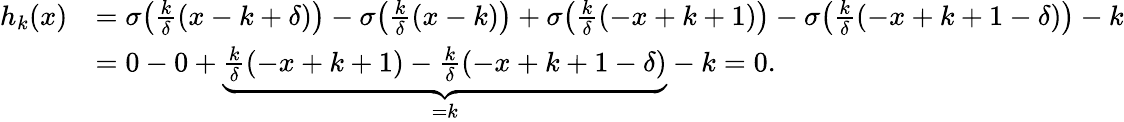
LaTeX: \begin{array}{rl}{h_{k}(x)}&{=\sigma\big(\frac{k}{\delta}(x-k+\delta)\big)-\sigma\big(\frac{k}{\delta}(x-k)\big)+\sigma\big(\frac{k}{\delta}(-x+k+1)\big)-\sigma\big(\frac{k}{\delta}(-x+k+1-\delta)\big)-k}\\ &{=0-0+\underbrace{\frac{k}{\delta}(-x+k+1)-\frac{k}{\delta}(-x+k+1-\delta)}_{=k}-k=0.}\end{array}